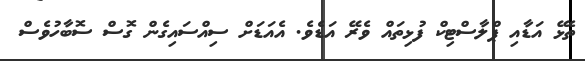
ތެޅޭ އަޑާއި ޕްލާސްޓިކް ފުޅިތައް ވެރޭ އަޑެވެ. އެއަޑަށް ސިއްސައިގެން ގޮސް ސޮބާހުވެސް